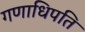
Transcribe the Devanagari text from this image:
गणाधिपति